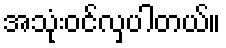
အသုံးဝင်လှပါတယ်။